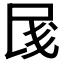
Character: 𱥨